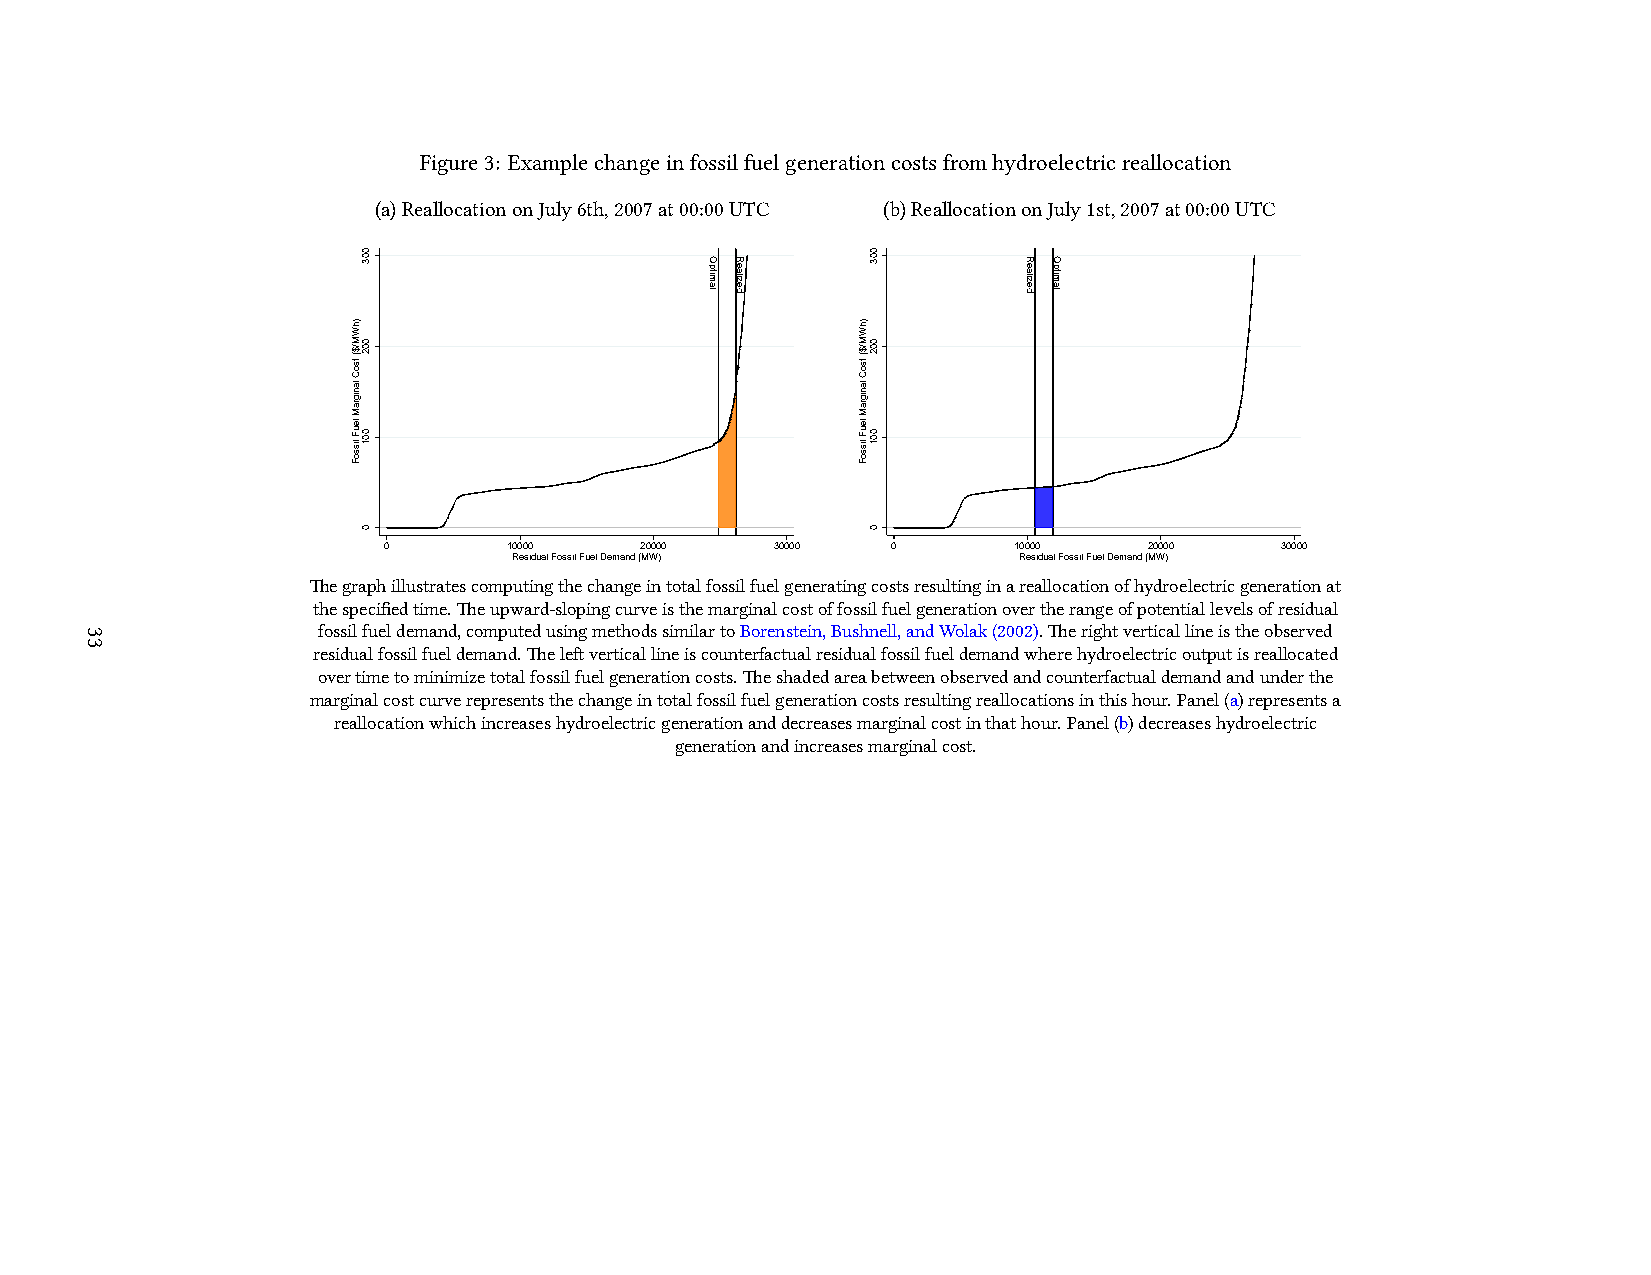
Figure3: Examplechangeinfossilfuelgenerationcostsfromhydroelectricreallocation
 (a)ReallocationonJuly6th,2007at00:00UTC (b)ReallocationonJuly1st,2007at00:00UTC
 0        10000   20000    30000   0       10000    20000    30000
 Residual Fossil Fuel Demand (MW) Residual Fossil Fuel Demand (MW)
 Thegraphillustratescomputingthechangeintotalfossilfuelgeneratingcostsresultinginareallocationofhydroelectricgenerationat
 thespecifiedtime.Theupward-slopingcurveisthemarginalcostoffossilfuelgenerationovertherangeofpotentiallevelsofresidual
 fossilfueldemand,computedusingmethodssimilartoBorenstein,Bushnell,andWolak(2002).Therightverticallineistheobserved
 residualfossilfueldemand.Theleftverticallineiscounterfactualresidualfossilfueldemandwherehydroelectricoutputisreallocated
 overtimetominimizetotalfossilfuelgenerationcosts.Theshadedareabetweenobservedandcounterfactualdemandandunderthe
 marginalcostcurverepresentsthechangeintotalfossilfuelgenerationcostsresultingreallocationsinthishour.Panel(a)representsa
 reallocationwhichincreaseshydroelectricgenerationanddecreasesmarginalcostinthathour.Panel(b)decreaseshydroelectric
 generationandincreasesmarginalcost.
 33
 )hWM/$(
 tsoC
 lanigraM
 leuF
 lissoF
 003
 002
 001
 0
 Optimal Realized
 )hWM/$(
 tsoC
 lanigraM
 leuF
 lissoF
 003
 002
 001
 0
 Realized Optimal